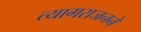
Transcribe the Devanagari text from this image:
त्यागराजनने